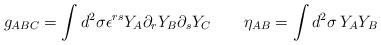
LaTeX: \begin{align*}g_{ABC}= \int d^2\sigma \epsilon^{rs}Y_A\partial_rY_B\partial_sY_C\qquad \eta_{AB}=\int d^2\sigma\, Y_A Y_B\end{align*}